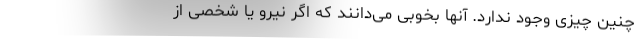
چنین چیزی وجود ندارد. آنها بخوبی می‌دانند که اگر نیرو یا شخصی از